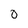
Character: O